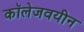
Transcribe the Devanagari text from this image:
कॉलेजवयीन